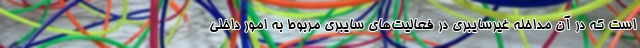
است که در آن مداخله غیرسایبری در فعالیت‌های سایبری مربوط به امور داخلی